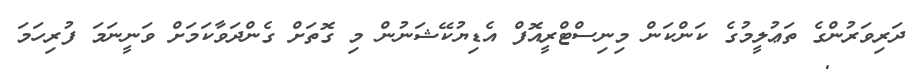
ދަރިވަރުންގެ ތަޢުލީމުގެ ކަންކަން މިނިސްޓްރީއޮފް އެޑިޔުކޭޝަނުން މި ގޮތަށް ގެންދަވާކަމަށް ވަނީނަމަ ފުރިހަމަ